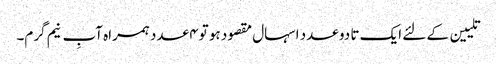
تلیین کے لئے ایک تا دو عدد اسہال مقصود ہو تو ۴ عدد ہمراہ آبِ نیم گرم۔